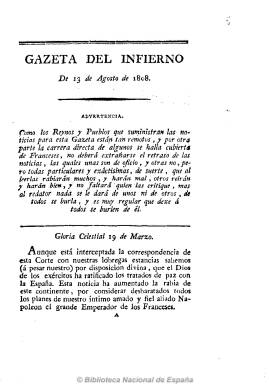
Título: Gazeta del infierno
Otros títulos: Gaceta del infierno
Colección: Gacetas
Ámbito geográfico: Madrid
Lugar de publicación: España
Fechas: 13/08/1808-13/08/1808

Escrito satírico y patriótico contra Napoleón y los franceses, redactado “en forma de gazeta”, según Gómez Imáz, con noticias datadas en diferentes ciudades, al final de las cuales aparecen las iniciales del que podría ser su autor: T. de la V. Sin fecha ni pie de imprenta, se indica impreso “con las licencias necesarias” y las iniciales m.s.g. del c. También Gómez Ímaz lo da como estampado en Madrid, aunque Luis del Arco lo da en Cádiz. Se ha datado el único ejemplar de la colección de la Biblioteca Nacional de España el 13 de agosto de 1808, y existe otro de 20 de noviembre. Pérez Galdós, en sus Episodios nacionales, da cuenta de un impreso con el título Gazeta del infierno del 12 de junio del mismo año.